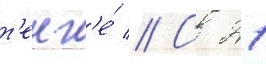
т'енг'е́ // С 21